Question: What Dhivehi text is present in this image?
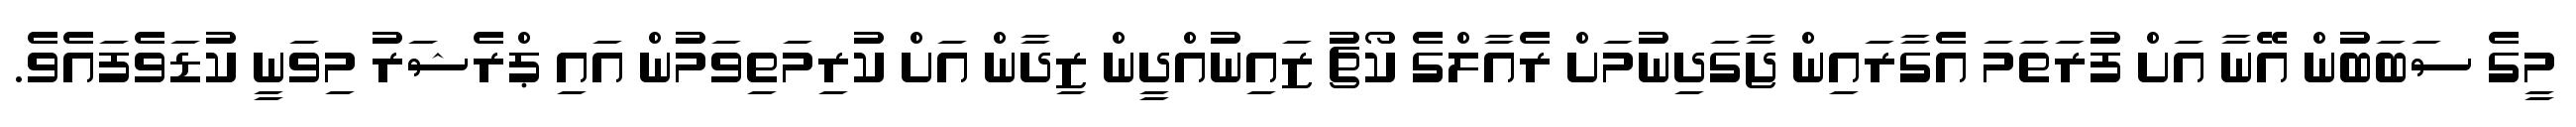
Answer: މީގެ ސަބަބުން އޭނާ އަށް ފުރަތަމަ އެގާރައިން ޖާގަދިނުމަށް ރެއާލްގެ ކޯޗު ޒައިނުއްދީން ޒިދާން އަށް ކުރިމަތިވަމުން އައި ޕްރެޝަރު މިވަނީ ކުޑަވެފައެވެ.